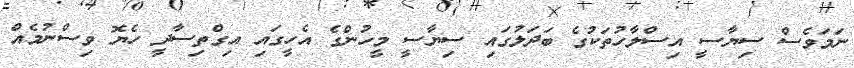
ނަމަވެސް ސިޔާސީ އިސްލާހުތަކުގެ ބަދަލުގައި ސިޔާސީ މީހުންގެ އެހީގައި އިގްތިސާދީ ހެޔޮ ވިސްނުމެއް